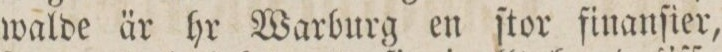
walde är hr Warburg en ſtor finanſier,